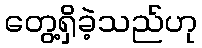
တွေ့ရှိခဲ့သည်ဟု